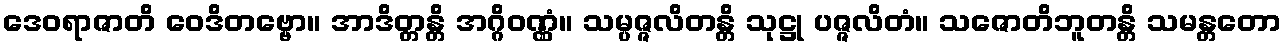
ဒေဝရာဇာတိ ဝေဒိတဗ္ဗော။ အာဒိတ္တန္တိ အဂ္ဂိဝဏ္ဏံ။ သမ္ပဇ္ဇလိတန္တိ သုဋ္ဌု ပဇ္ဇလိတံ။ သဇောတိဘူတန္တိ သမန္တတော